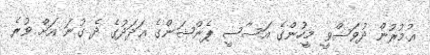
ޢުމުރުން ދުވަސްވީ މީހުންގެ އަސާސީ ޕެންޝަންގެ ޢަދަދުގެ ދެ ގުނަ އަށް ވުރެ